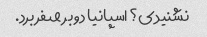
نشنیدی؟ اسپانیا دو بر صفر برد.